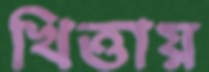
খিত্তায়